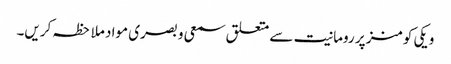
ویکی کومنز پر رومانیت سے متعلق سمعی و بصری مواد ملاحظہ کریں۔